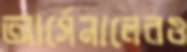
আর্সেনালেরও